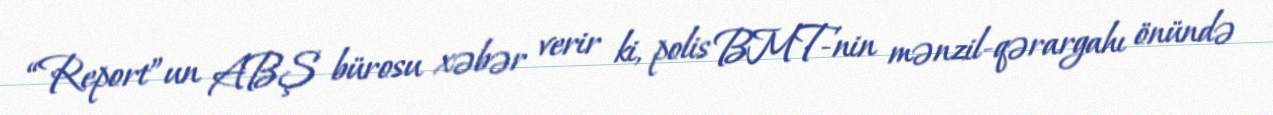
“Report”un ABŞ bürosu xəbər verir ki, polis BMT-nin mənzil-qərargahı önündə